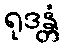
ရုဒန္တံ